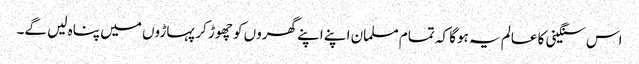
اس سنگینی کا عالم یہ ہوگا کہ تمام مسلمان اپنے اپنے گھروں کو چھوڑ کر پہاڑوں میں پناہ لیں گے۔